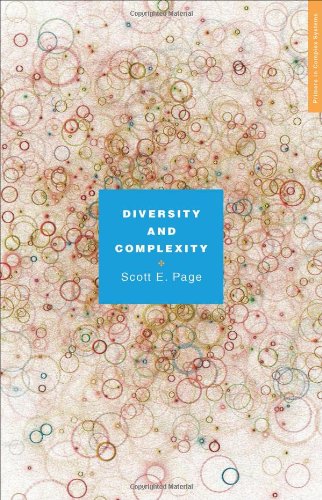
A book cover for Diversity and Complexity (Primers in Complex Systems); Scott E. Page; Science & Math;